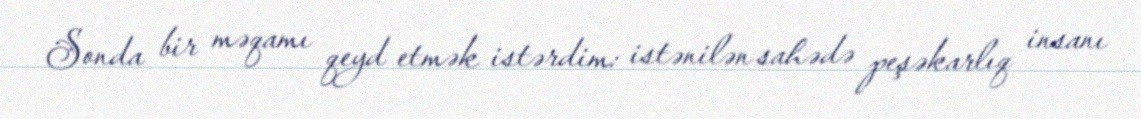
Sonda bir məqamı qeyd etmək istərdim: istənilən sahədə peşəkarlıq insanı